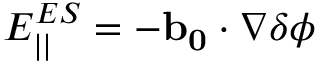
E _ { | | } ^ { E S } = - \mathbf { b _ { 0 } } \cdot \nabla \delta \phi